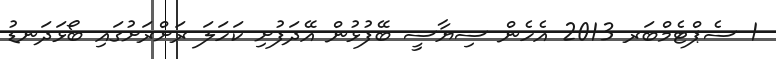
1 ސެޕްޓެމްބަރ 2013 އެހެން ސިޔާސީ ބޭފުޅުން އޭދަފުށި ކަހަލަ ރަށްރަށުގައި ބޯޅަދަނޑު